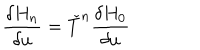
{ \frac { \delta H _ { n } } { \delta u } } = { \check { T } } ^ { n } { \frac { \delta H _ { 0 } } { \delta u } }